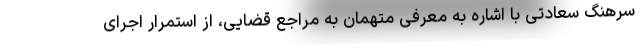
سرهنگ سعادتی با اشاره به معرفی متهمان به مراجع قضایی، از استمرار اجرای